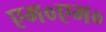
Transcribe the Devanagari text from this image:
एम०एम०